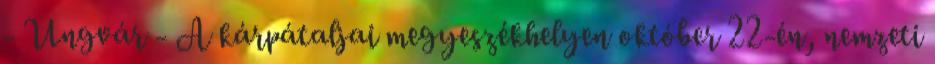
- Ungvár - A kárpátaljai megyeszékhelyen október 22-én, nemzeti